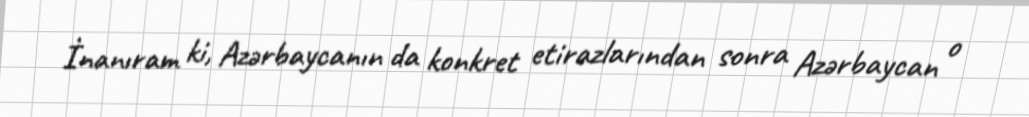
İnanıram ki, Azərbaycanın da konkret etirazlarından sonra Azərbaycan o